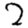
Digit: 2